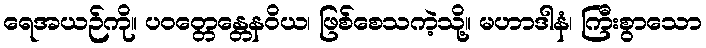
ရေအယဉ်ကို။ ပဝတ္တေန္တေနဝိယ၊ ဖြစ်စေသကဲ့သို့။ မဟာဒါနံ၊ ကြီးစွာသော